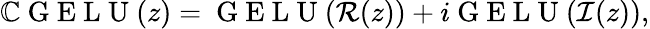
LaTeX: \mathbb{C}\mathrm{~G~E~L~U~}(z)=\mathrm{~G~E~L~U~}(\mathcal{R}(z))+i\mathrm{~G~E~L~U~}(\mathcal{I}(z)),